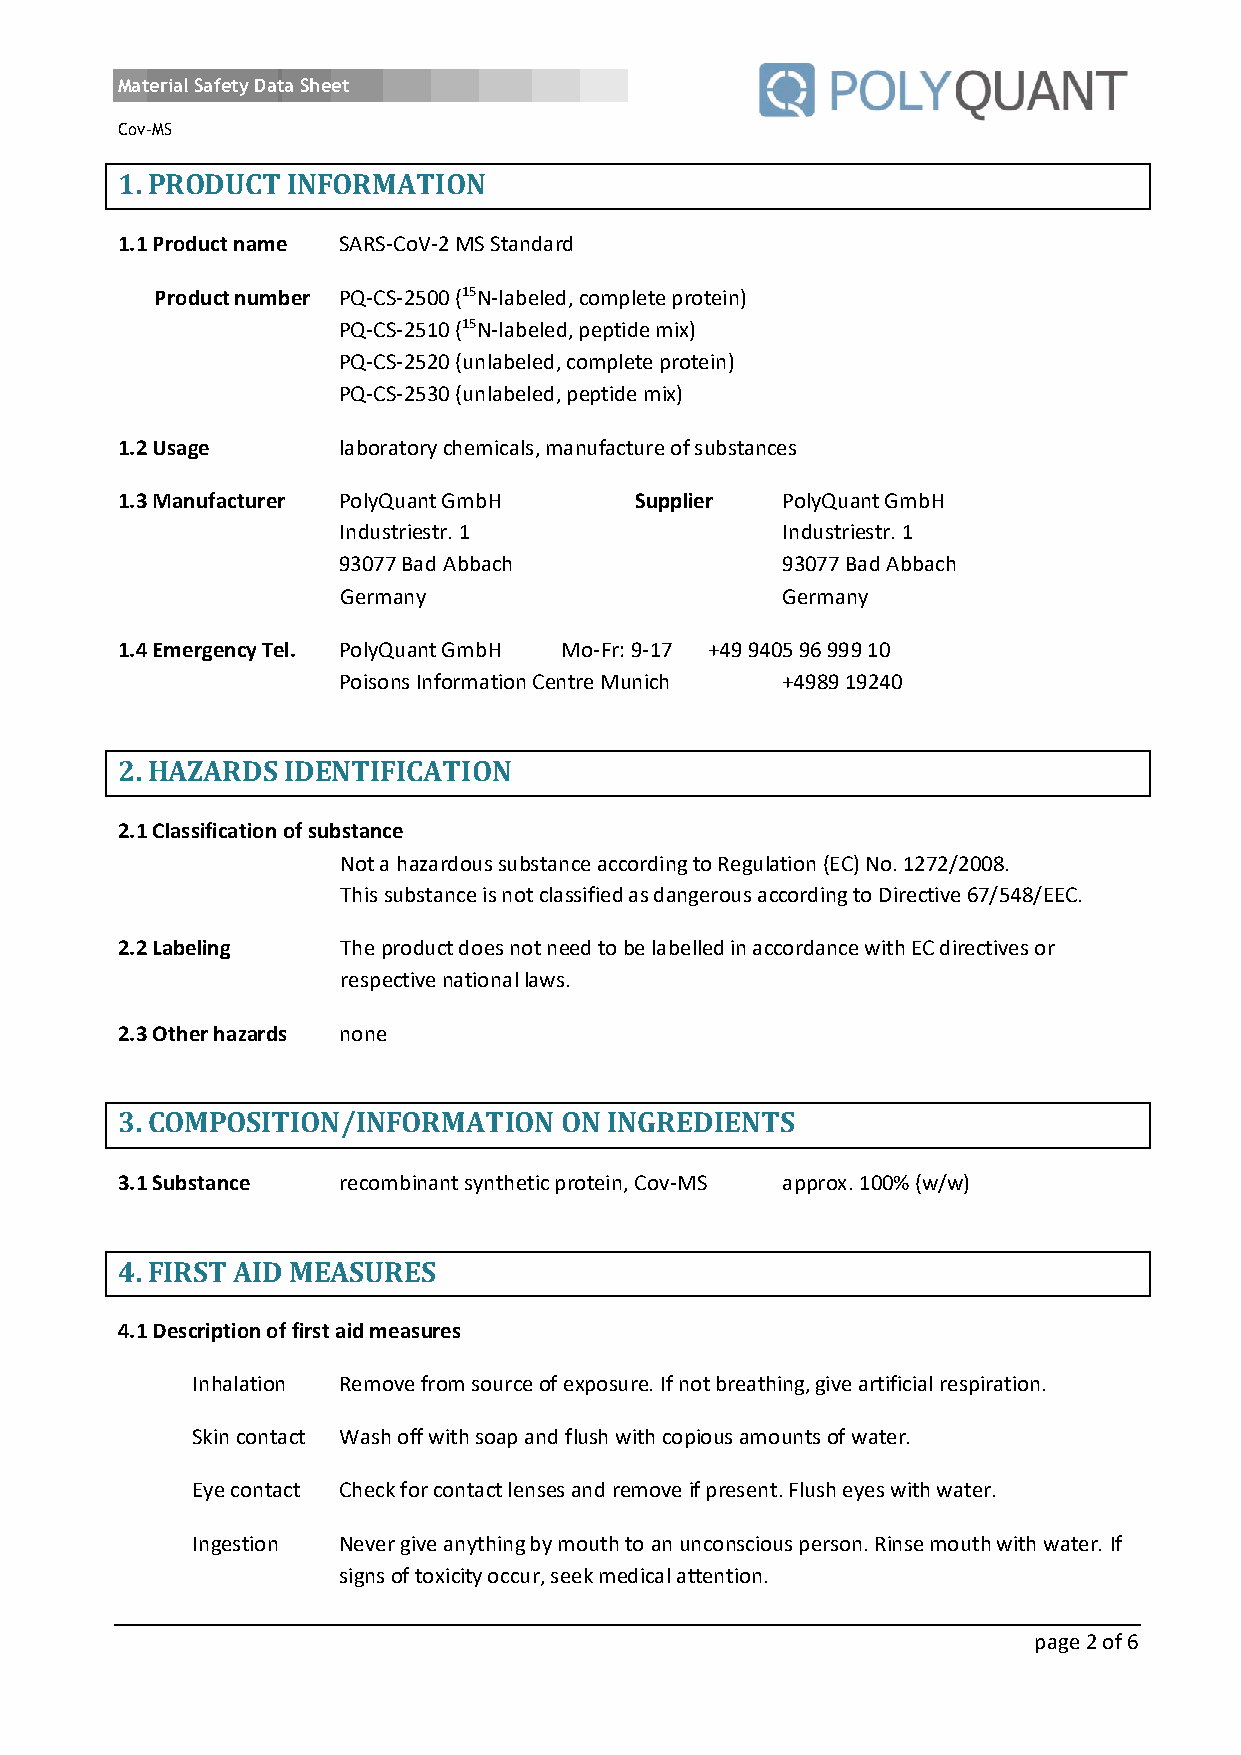
Material Safety Data Sheet
 Cov-MS
 1. PRODUCT INFORMATION
 1.1 Product name SARS-CoV-2 MS Standard
 Product number PQ-CS-2500 (15N-labeled, complete protein)
 PQ-CS-2510 (15N-labeled, peptide mix)
 PQ-CS-2520 (unlabeled, complete protein)
 PQ-CS-2530 (unlabeled, peptide mix)
 1.2 Usage     laboratory chemicals, manufacture of substances
 1.3 Manufacturer PolyQuant GmbH   Supplier  PolyQuant GmbH
 Industriestr. 1               Industriestr. 1
 93077 Bad Abbach              93077 Bad Abbach
 Germany                      Germany
 1.4 Emergency Tel. PolyQuant GmbH Mo-Fr: 9-17 +49 9405 96 999 10
 Poisons Information Centre Munich +4989 19240
 2. HAZARDS IDENTIFICATION
 2.1 Classification of substance
 Not a hazardous substance according to Regulation (EC) No. 1272/2008.
 This substance is not classified as dangerous according to Directive 67/548/EEC.
 2.2 Labeling   The product does not need to be labelled in accordance with EC directives or
 respective national laws.
 2.3 Other hazards none
 3. COMPOSITION/INFORMATION   ON INGREDIENTS
 3.1 Substance recombinant synthetic protein, Cov-MS approx. 100% (w/w)
 4. FIRST AID MEASURES
 4.1 Description of first aid measures
 Inhalation Remove from source of exposure. If not breathing, give artificial respiration.
 Skin contact Wash off with soap and flush with copious amounts of water.
 Eye contact Check for contact lenses and remove if present. Flush eyes with water.
 Ingestion Never give anything by mouth to an unconscious person. Rinse mouth with water. If
 signs of toxicity occur, seek medical attention.
 page 2 of 6